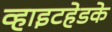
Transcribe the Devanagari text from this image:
व्हाइटहेडके